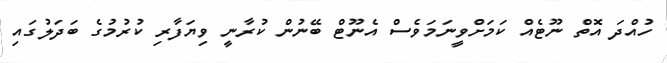
ހުއްދަ އޮތް ނޫޓެއް ކަމަށްވީނަމަވެސް އެނޫޓް ބޭނުން ކުރާނީ ވިޔަފާރި ކުރުމުގެ ބަދަލުގައި